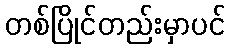
တစ်ပြိုင်တည်းမှာပင်